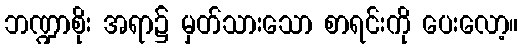
ဘဏ္ဍာစိုး အရာ၌ မှတ်သားသော စာရင်းကို ပေးလော့။